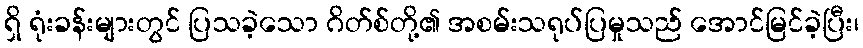
ရှိ ရုံးခန်းများတွင် ပြသခဲ့သော ဂိတ်စ်တို့၏ အစမ်းသရုပ်ပြမှုသည် အောင်မြင်ခဲ့ပြီး၊